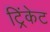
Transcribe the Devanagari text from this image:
ट्रिंकेट